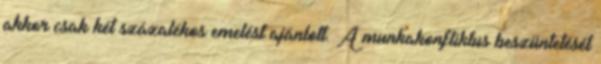
akkor csak két százalékos emelést ajánlott. A munkakonfliktus beszüntetését